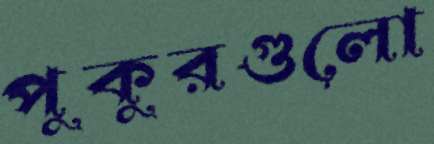
পুকুরগুলো